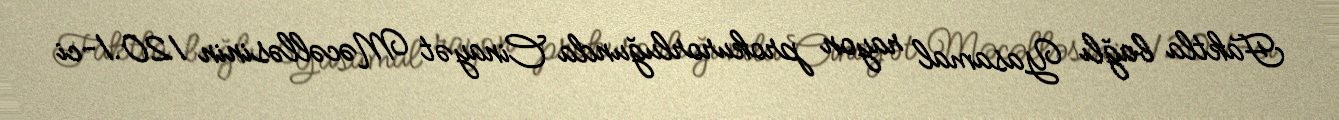
Faktla bağlı Yasamal rayon prokurorluğunda Cinayət Məcəlləsinin 120.1-ci